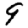
Digit: 9